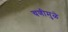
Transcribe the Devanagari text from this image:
चणीमुळे